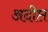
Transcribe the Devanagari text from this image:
अदीप्त